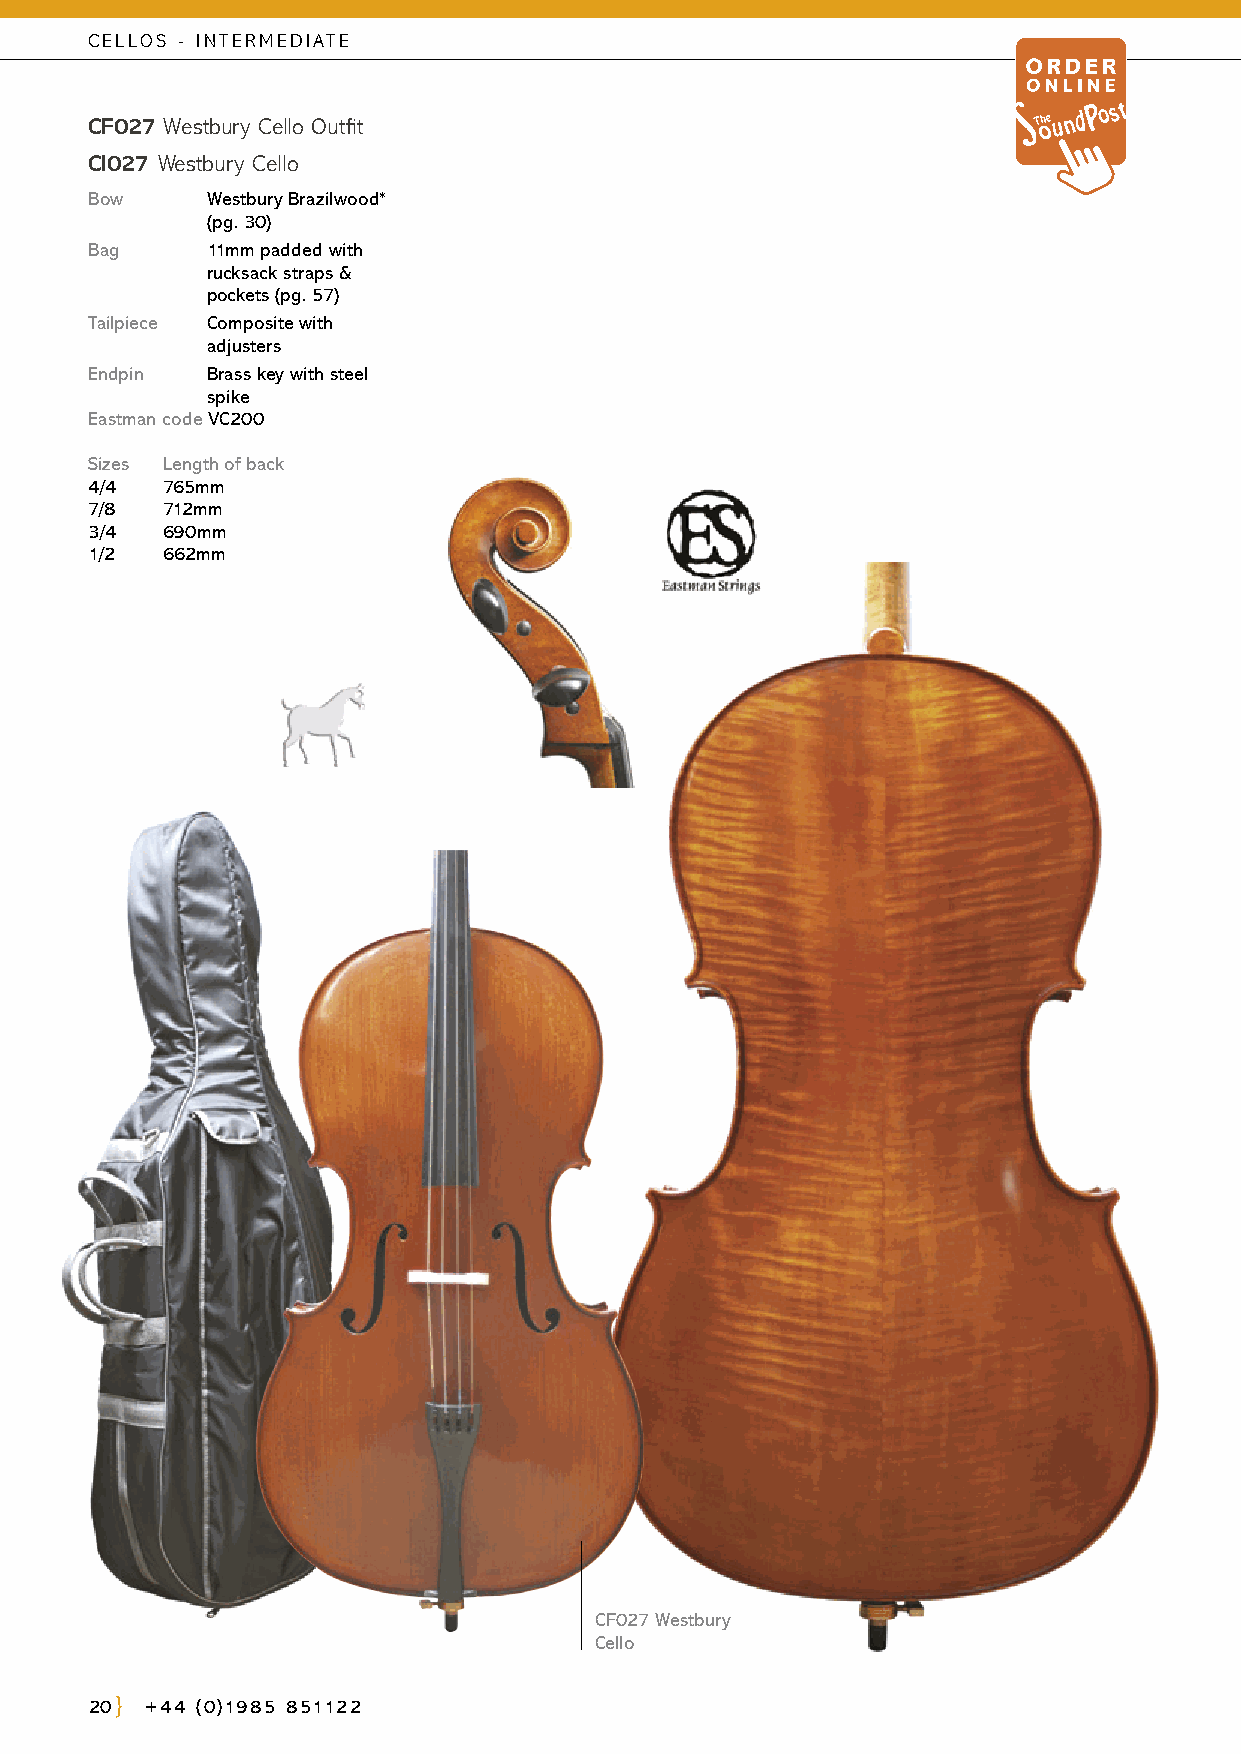
CELLOS - INTERMEDIATE
 CF027 Westbury Cello Outfit
 CI027 Westbury Cello
 Bow     Westbury Brazilwood*
 (pg. 30)
 Bag     11mm padded with
 rucksack straps &
 pockets (pg. 57)
 Tailpiece C omposite with
 adjusters
 Endpin  Brass key with steel
 spike
 Eastman code VC200
 Sizes Length of back
 4/4  765mm
 7/8  712mm
 3/4  690mm
 1/2  662mm
 CF027 Westbury
 Cello
 20  +44 (0)1985 851122